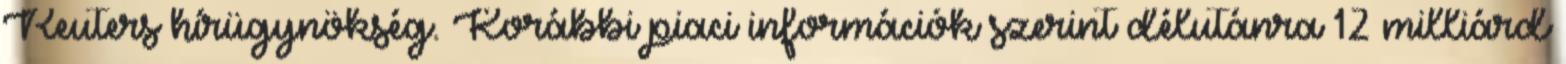
Reuters hírügynökség. Korábbi piaci információk szerint délutánra 12 milliárd